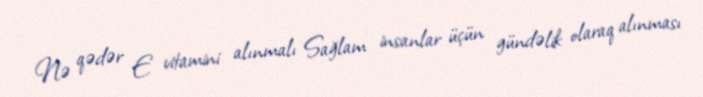
Nə qədər E vitamini alınmalı Sağlam insanlar üçün gündəlik olaraq alınması